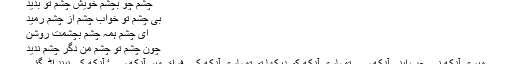
چشم چو بچشمِ خویش چشمِ تُو بدید
بی چشمِ تو خوابِ چشم از چشم رمید
ای چشمِ ہمہ چشم بچشمت روشن
چون چشمِ تو چشمِ من دگر چشم ندید
میری آنکھ نے جب اپنی آنکھ سے تمہاری آنکھ کو دیکھا تو تمہاری آنکھ کے فراق میں آنکھ سے‘ آنکھ کی نیند اُڑ گئی۔